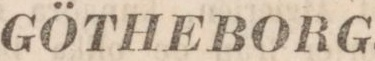
GÖTHEBORG.